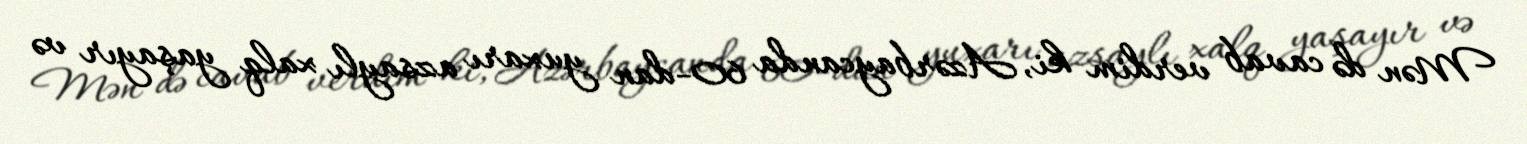
Mən də cavab verdim ki, Azərbaycanda 60-dan yuxarı azsaylı xalq yaşayır və